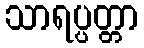
သာရပ္ပတ္တာ